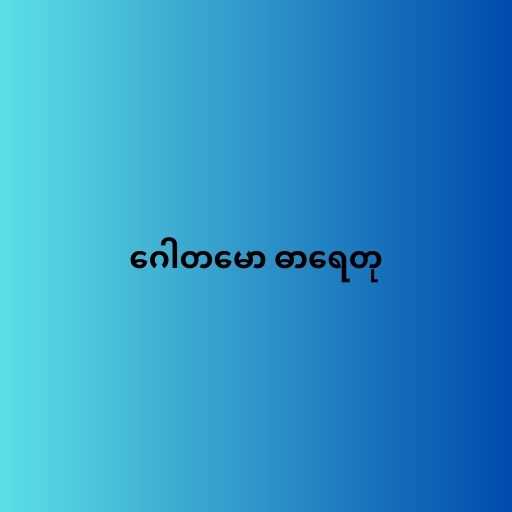
ဂေါတမော ဓာရေတု